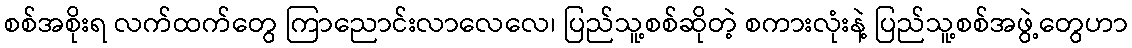
စစ်အစိုးရ လက်ထက်တွေ ကြာညောင်းလာလေလေ၊ ပြည်သူ့စစ်ဆိုတဲ့ စကားလုံးနဲ့ ပြည်သူ့စစ်အဖွဲ့တွေဟာ